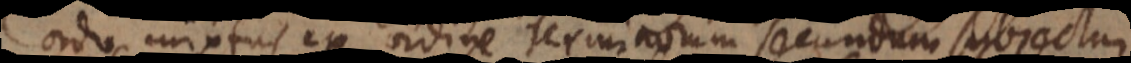
ordo mixtus ex ordine terminorum secundum subjectum